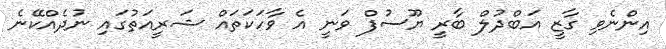
އިންނެވި ގާޒީ އަބްދުލް ބާރީ ޔޫސުފް ވަނީ އެ ވާހަކަތައް ޝަރީއަތުގައި ނުދެއްކޭނެ